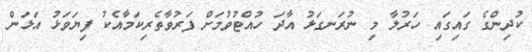
ކުދިންގެ ގައިގައި ހަރުލާ މި ނުރަނގަޅު އާދަ ހުއްޓުވުމަށް ފަރުވާތެރިކަމާއެކު ފިޔަވަޅު އަޅަން